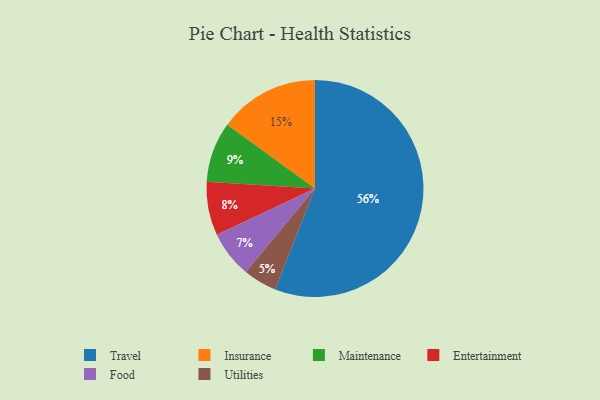
{"axis": {"x": "Category", "y": "Percentage"}, "legend": ["Entertainment", "Food", "Insurance", "Maintenance", "Travel", "Utilities"], "data": [{"x": "Food", "y": 7, "type": "Food"}, {"x": "Maintenance", "y": 9, "type": "Maintenance"}, {"x": "Travel", "y": 56, "type": "Travel"}, {"x": "Utilities", "y": 5, "type": "Utilities"}, {"x": "Insurance", "y": 15, "type": "Insurance"}, {"x": "Entertainment", "y": 8, "type": "Entertainment"}]}